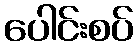
ပေါင်းစပ်